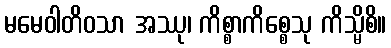
မမေဝါတိဝသာ အဿု၊ ကိစ္စာကိစ္စေသု ကိသ္မိစိ။